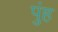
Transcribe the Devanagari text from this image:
पुंह